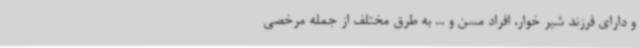
و دارای فرزند شیر خوار، افراد مسن و ... به طرق مختلف از جمله مرخصی